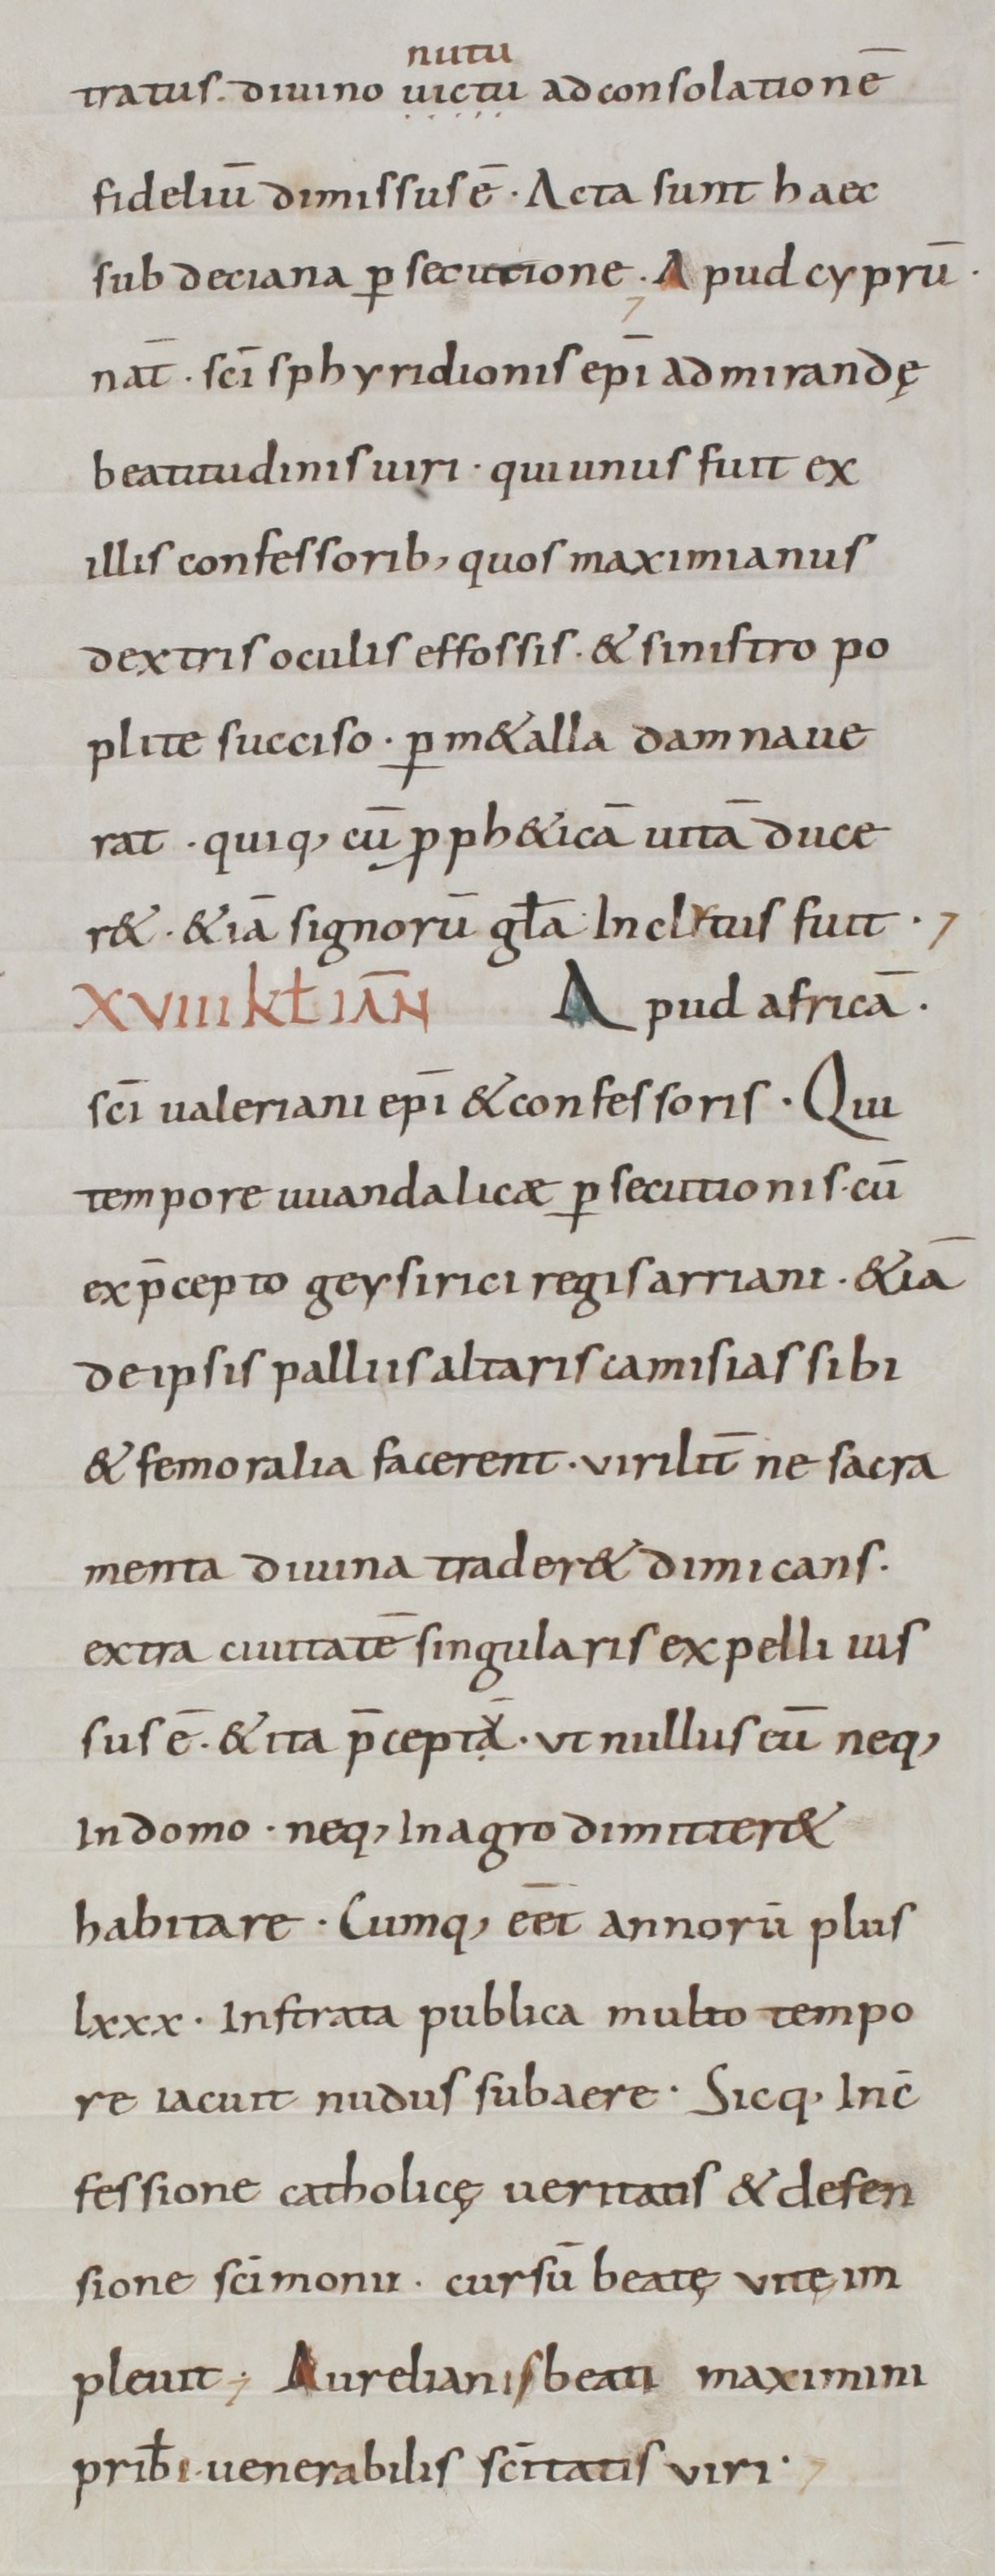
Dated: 800–949